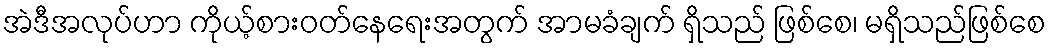
အဲဒီအလုပ်ဟာ ကိုယ့်စားဝတ်နေရေးအတွက် အာမခံချက် ရှိသည် ဖြစ်စေ၊ မရှိသည်ဖြစ်စေ